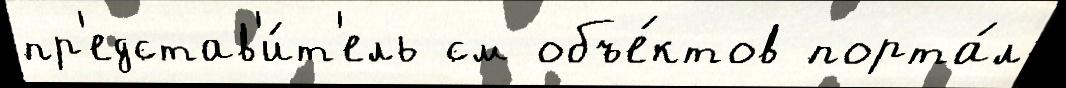
пр'едстав'и́т'ель см объе́ктов порта́л